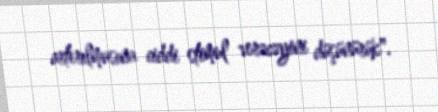
artırılmasına ciddi stimul verəcəyini düşünürük".